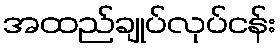
အထည်ချုပ်လုပ်ငန်း